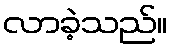
လာခဲ့သည်။